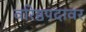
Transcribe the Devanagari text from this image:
वरिष्ठपदावर